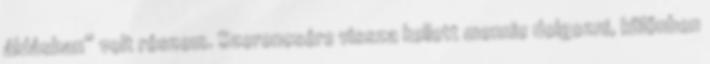
áldásban” volt részem. Szerencsére vissza kellett mennie dolgozni, különben